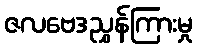
ဇလဗေဒညွှန်ကြားမှု